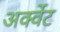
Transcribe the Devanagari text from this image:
अर्क्वेट